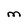
Character: M